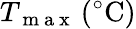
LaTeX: T_{\mathrm{~m~a~x~}}\, (^{\circ}\mathrm{C})